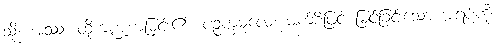
သို့။ အဿ၊ ထိုကဏ္ဍကမြင်း၏။ ပဉ္စက္ခမုလေ၊ မျက်စိဖြင့် မြင်ခြင်းသော အရပ်ကို။